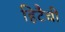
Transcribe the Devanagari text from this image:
हिटैची